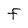
Character: F